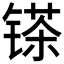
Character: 𲈓